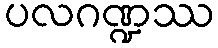
ပလဂဏ္ဍဿ